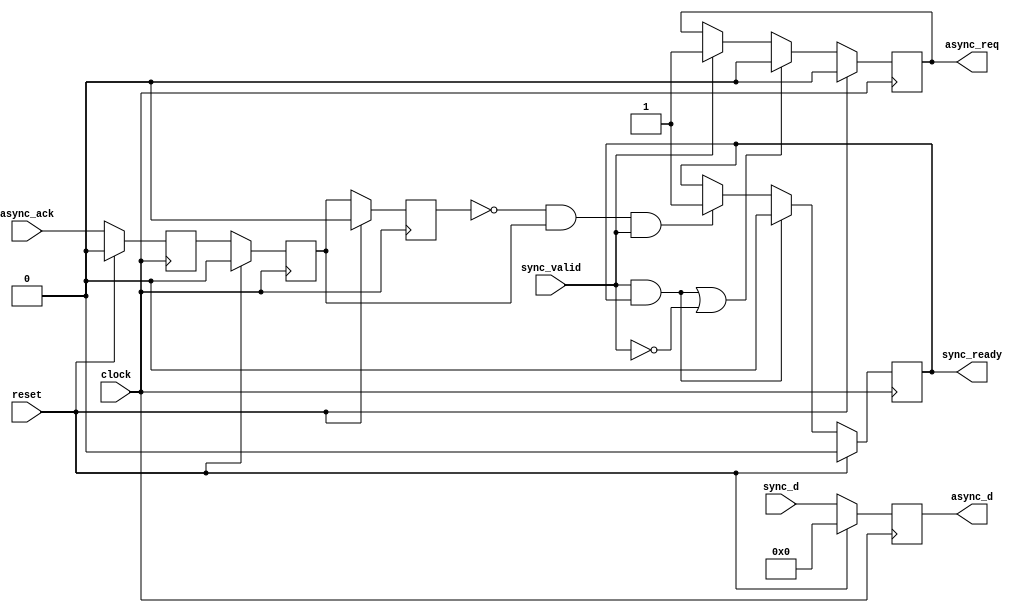
`timescale 1ns/1ps

/*
    Precisely timed syncrhonous protocol ready/valid converted
    into randomly timed asyncronous req/ack protocol
    
    clock   ''|,,|''|,,|''|,,|''|,,|''|,,|''|,,,
    req     ,,,,,,,,,,,|''''''''''''''|,,,,,,,,,
    ack     ,,,,,,,,,,,,,,,,,,|''''''''''''|,,,,
    valid   ,,,,,|''''''''''''''''''''|,,,,,,,,,
    ready   ,,,,,,,,,,,,,,,,,,,,,,,|''|,,,,,,,,,

*/

module sync_to_async_ctrl
#(
   parameter  DATA_WIDTH = 8
  ,parameter  SYNC_STAGE = 2
)(
   input                        clock
  ,input                        reset
  ,input                        sync_valid
  ,output reg                   sync_ready
  ,input      [DATA_WIDTH-1:0]  sync_d

  ,output reg                   async_req
  ,input                        async_ack
  ,output reg [DATA_WIDTH-1:0]  async_d
);

reg async_ack_d[0:SYNC_STAGE-1];

integer i;
always @(posedge clock)
if (reset) begin
  for (i = 0; i < SYNC_STAGE; i = i + 1) begin
    async_ack_d[i] <= 0;
  end
end else begin
  for (i = 0; i < SYNC_STAGE; i = i + 1) begin
    if (i == 0) begin
      async_ack_d[i] <= async_ack;
    end else begin
      async_ack_d[i] <= async_ack_d[i-1];
    end
  end
end

reg async_ack_dd;
always @(posedge clock)
if (reset)  async_ack_dd <= 0;
else
  if (SYNC_STAGE == 0)  async_ack_dd <= async_ack;
  else                  async_ack_dd <= async_ack_d[SYNC_STAGE-1];
    
wire async_ack_posedge;
if (SYNC_STAGE == 0)
  assign async_ack_posedge = ~async_ack_dd & async_ack;
else
  assign async_ack_posedge = ~async_ack_dd & async_ack_d[SYNC_STAGE-1];

always @(posedge clock)
if (reset)                                        async_req <= 0;
else if ((sync_valid & sync_ready) | !sync_valid) async_req <= 0;
else if (sync_valid)                              async_req <= 1;
else                                              async_req <= async_req;

always @(posedge clock)
if (reset)  async_d <= 0;
else        async_d <= sync_d;

always @(posedge clock)
if (reset)                                sync_ready <= 0;
else if (sync_valid & sync_ready)         sync_ready <= 0;
else if (async_ack_posedge & sync_valid)  sync_ready <= 1;
else                                      sync_ready <= sync_ready;

endmodule